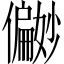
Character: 𪝹